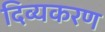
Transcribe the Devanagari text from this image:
दिव्यकरण